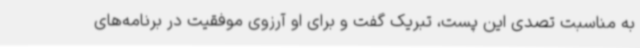
به مناسبت تصدی این پست، تبریک گفت و برای او آرزوی موفقیت در برنامه‌های